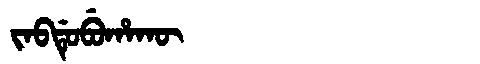
Manchu: ᠵᠠᠪᡩᡠᠪᡠᡥᠠᡴᡡ
Romanization: JABDUBUHAKŪ